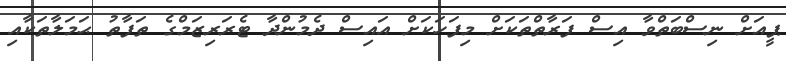
ޕީއަށް ނިސްބަތްވާ އިސް ފަރާތްތަކަށް މިފަހަކަށް އައިސް ދެމުންދާ ޓެރަރިޒަމްގެ ތަފާތު ޙަމަލާތަކާއި